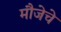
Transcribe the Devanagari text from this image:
मौजेचे